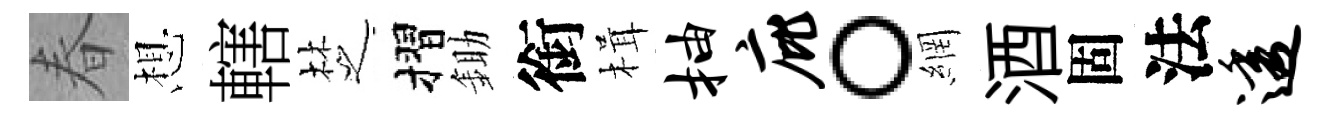
春想轄椘摺鋤銜楫抽庇。網酒固法透